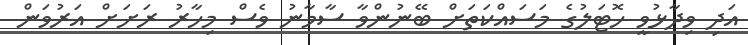
އަދި ވިދާޅުވީ ހޮޓަލުގެ މަސައްކަތަށް ބޭނުންވާ ސާމާނު ވެސް މިހާރު ރަށަށް އަރުވަން